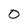
Character: 0